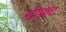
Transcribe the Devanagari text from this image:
सीफ्रंट